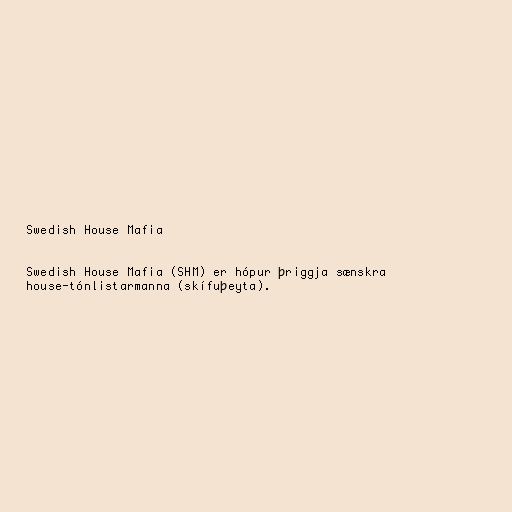
Swedish House Mafia

Swedish House Mafia (SHM) er hópur þriggja sænskra
house-tónlistarmanna (skífuþeyta).